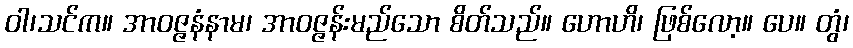
ဝါ၊သင်က။ အာဝဇ္ဇနံနာမ၊ အာဝဇ္ဇန်းမည်သော စိတ်သည်။ ဟောဟိ၊ ဖြစ်လော့။ ပေ။ တွံ၊